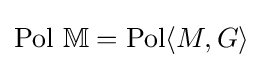
{\rm {Pol}}~\mathbb {M} ={\rm {Pol}}\langle M,G\rangle